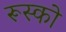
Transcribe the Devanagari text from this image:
रूस्को